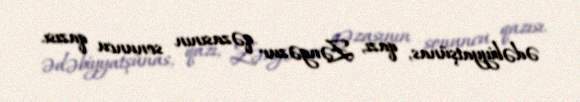
ədəbiyyatşünas, qazı, Zəngəzur qəzasının sonuncu qazısı.